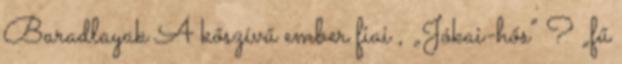
Baradlayak A kőszívű ember fiai , „Jókai-hős” ? „fű